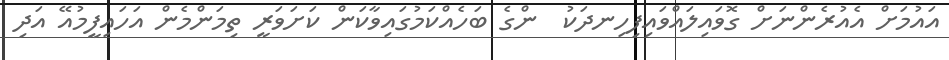
އައުމަށް އެއުރެންނަށް ގޮވައިލައްވައިފިހިނދަކު  ންގެ ބަހެއްކަމުގައިވާކަން ކަށަވަރީ ތިމަންމެން އަހައިފީމުއޭ އަދި